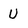
Character: U